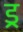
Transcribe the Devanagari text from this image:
ड्र